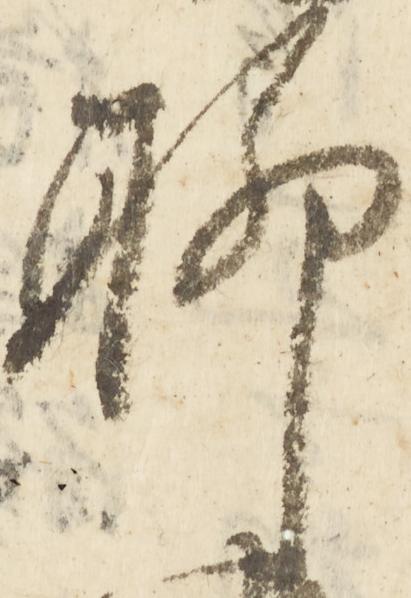
聊